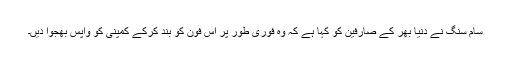
سام سنگ نے دنیا بھر کے صارفین کو کہا ہے کہ وہ فوری طور پر اس فون کو بند کرکے کمپنی کو واپس بھجوا دیں۔